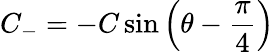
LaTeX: C_{-}=-C\sin{\left(\theta-{\frac{\pi}{4}}\right)}